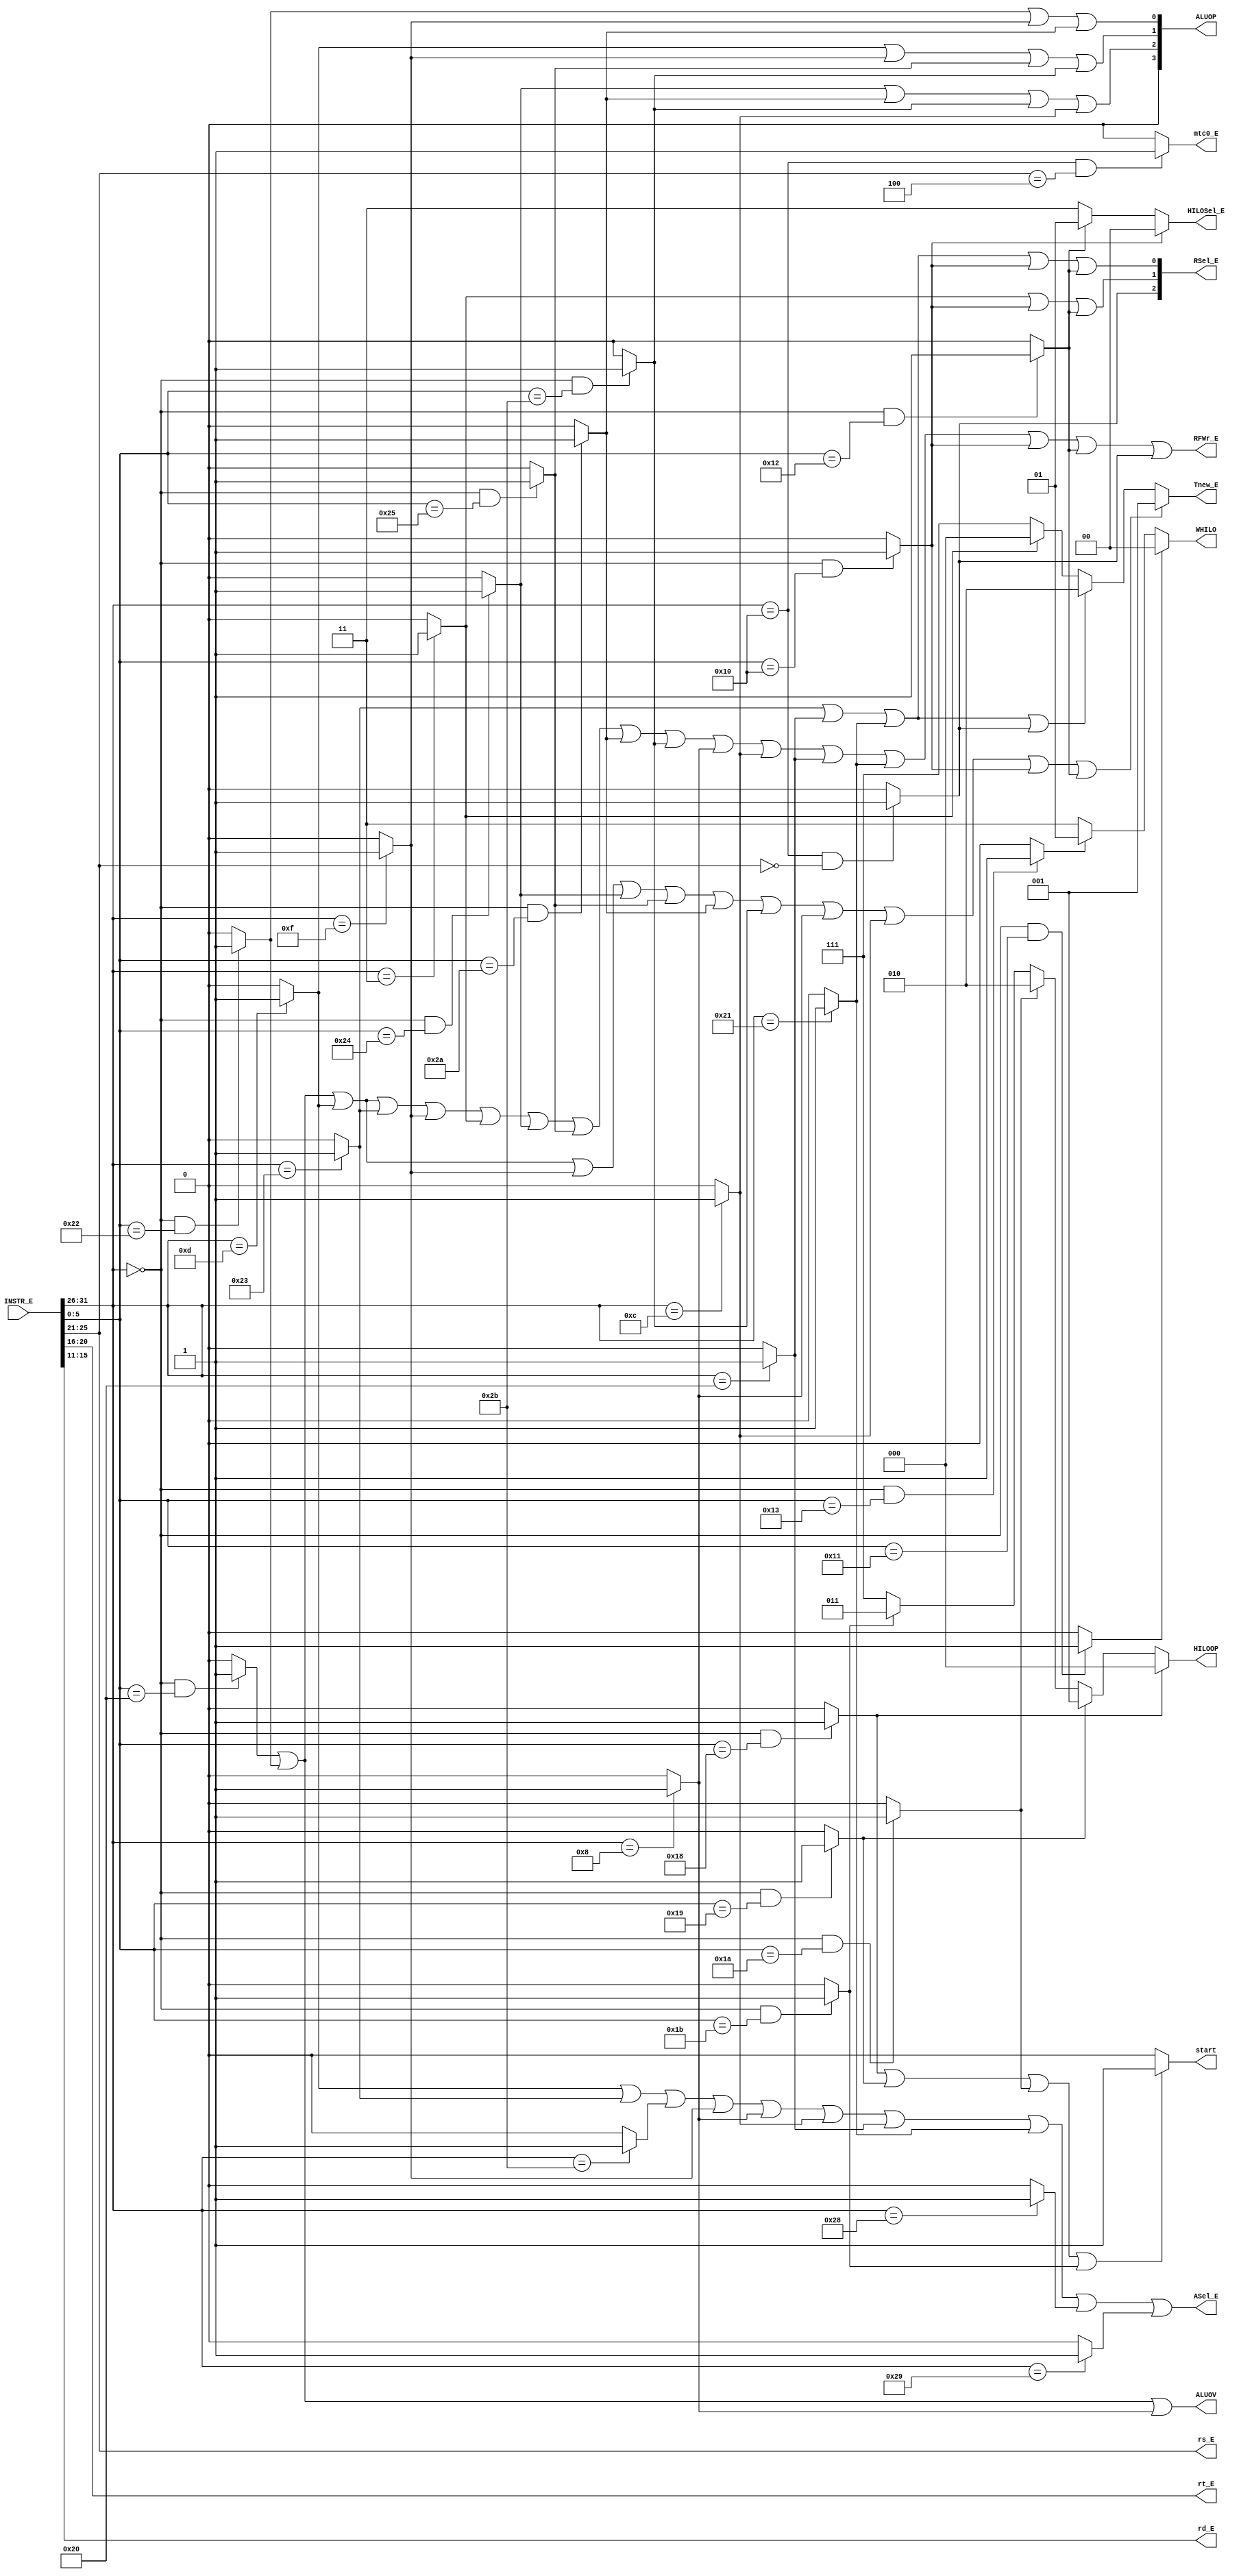
`timescale 1ns / 1ps
//////////////////////////////////////////////////////////////////////////////////
// Company: 
// Engineer: 
// 
// Design Name: 
// Module Name:    E_CONTROLLER 
// Project Name: 
// Target Devices: 
// Tool versions: 
// Description: 
//
// Dependencies: 
//
// Revision: 
// Revision 0.01 - File Created
// Additional Comments: 
//
//////////////////////////////////////////////////////////////////////////////////
module E_CONTROLLER(
    input [31:0] INSTR_E,
    output ASel_E,
    output [3:0] ALUOP,
    output [4:0] rs_E,
    output [4:0] rt_E,
    output RFWr_E,
	 output [2:0] Tnew_E,
	 output [2:0] RSel_E,
	 output [2:0] HILOOP,
	 output [1:0] HILOSel_E,
	 output [1:0] WHILO,
	 output start,
	 output ALUOV,
	 output mtc0_E,
	 output [4:0] rd_E
    );
	 
wire add, sub, ori, lw, sw, lui, jal, jr, beq;
wire bne, andd, orr, slt, sltu, addi, andi;
wire lb, lh, sb, sh;
wire mult, multu, div, divu, mfhi, mflo, mthi, mtlo;

wire [5:0] opcode;
wire [5:0] func;
wire [4:0] rs;

assign opcode = INSTR_E[31:26];
assign func = INSTR_E[5:0];
assign rs = INSTR_E[25:21];

assign add = (opcode == 6'b000000 && func == 6'b100000)? 1 : 0;
assign sub = (opcode == 6'b000000 && func == 6'b100010)? 1 : 0;
assign ori = (opcode == 6'b001101)? 1 : 0;
assign lw = (opcode == 6'b100011)? 1 : 0;
assign sw = (opcode == 6'b101011)? 1 : 0;
assign beq = (opcode == 6'b000100)? 1 : 0;
assign lui = (opcode == 6'b001111)? 1 : 0;
assign jal = (opcode == 6'b000011)? 1 : 0;
assign jr = (opcode == 6'b000000 && func == 6'b001000)? 1 : 0;

assign bne = (opcode == 6'b000101)? 1 : 0;
assign andd = (opcode == 6'b000000 && func == 6'b100100)? 1 : 0;
assign orr = (opcode == 6'b000000 && func == 6'b100101)? 1 : 0;
assign slt = (opcode == 6'b000000 && func == 6'b101010)? 1 : 0;
assign sltu = (opcode == 6'b000000 && func == 6'b101011)? 1 : 0;
assign addi = (opcode == 6'b001000)? 1 : 0;
assign andi = (opcode == 6'b001100)? 1 : 0;

assign lb = (opcode == 6'b100000)? 1 : 0;
assign lh = (opcode == 6'b100001)? 1 : 0;
assign sb = (opcode == 6'b101000)? 1 : 0;
assign sh = (opcode == 6'b101001)? 1 : 0;

assign mult = (opcode == 6'b000000 && func == 6'b011000)? 1 : 0;
assign multu = (opcode == 6'b000000 && func == 6'b011001)? 1 : 0;
assign div = (opcode == 6'b000000 && func == 6'b011010)? 1 : 0;
assign divu = (opcode == 6'b000000 && func == 6'b011011)? 1 : 0;
assign mfhi = (opcode == 6'b000000 && func == 6'b010000)? 1 : 0;
assign mflo = (opcode == 6'b000000 && func == 6'b010010)? 1 : 0;
assign mthi = (opcode == 6'b000000 && func == 6'b010001)? 1 : 0;
assign mtlo = (opcode == 6'b000000 && func == 6'b010011)? 1 : 0;

//P7
wire mfc0, mtc0;
wire eret;
wire syscall;
assign mfc0 = (opcode == 6'b010000 && rs == 5'b00000) ? 1 : 0;
assign mtc0 = (opcode == 6'b010000 && rs == 5'b00100) ? 1 : 0;
assign eret = (opcode == 6'b010000 && func == 6'b011000 && INSTR_E[25:6] == 20'h80000) ? 1 : 0;
assign syscall = (opcode == 6'b000000 && func == 6'b001100) ? 1 : 0;

assign ASel_E = ori | lw | sw | lui | addi | andi | lb | lh | sb | sh;

assign ALUOP[0] = sub | lui | slt ;
assign ALUOP[1] = ori | lui | orr | sltu;
assign ALUOP[2] = andd | slt | sltu | andi;
assign ALUOP[3] = 0;

assign rs_E = INSTR_E [25:21];
assign rt_E = INSTR_E [20:16];
assign rd_E = INSTR_E [15:11];

assign RFWr_E = add | sub | ori | lw | lui | jal | andd | orr | slt | sltu | addi | andi | lb | lh | mfhi | mflo | mfc0;
assign Tnew_E = (add | sub | ori | lui | andd | orr | slt | sltu | addi | andi | mfhi | mflo == 1) ? 3'b001 :
				  (lw | lb | lh | mfc0 == 1) ? 3'b010 :
				  (jal /*| jr*/ == 1) ? 3'b000 :
				  3'b111;
				 
assign RSel_E[0] = lw | lb | lh | mfhi | mflo;
assign RSel_E[1] = jal | mfhi | mflo; 
assign RSel_E[2] = mfc0;

assign HILOOP = (mult== 1) ? 3'b000 :
					 (multu  == 1) ? 3'b001 :
					 (div == 1) ? 3'b010 :
					 (divu == 1) ? 3'b011 :
					 3'b111;
					 
assign HILOSel_E = (mfhi == 1) ? 2'b00 :
					  (mflo == 1) ? 2'b01 :
					  2'b11;
				
assign WHILO = (mthi == 1) ? 2'b00 :
					(mtlo == 1) ? 2'b01 :
					2'b11;
					
assign start = (mult | multu | div | divu == 1) ? 1 : 0;

assign ALUOV = add | sub | addi;
assign mtc0_E = mtc0;

endmodule